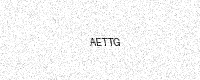
Text: AETTG